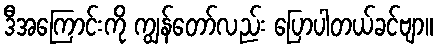
ဒီအကြောင်းကို ကျွန်တော်လည်း ပြောပါတယ်ခင်ဗျာ။